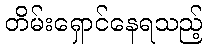
တိမ်းရှောင်နေရသည့်